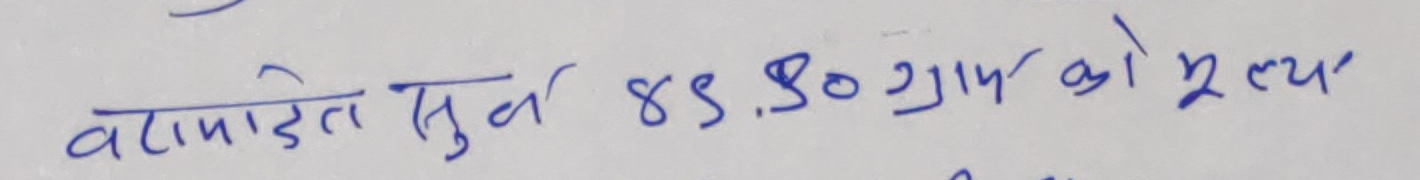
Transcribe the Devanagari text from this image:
बटामाडेत सुवर्ण 85.30 ग्राम को मूल्य